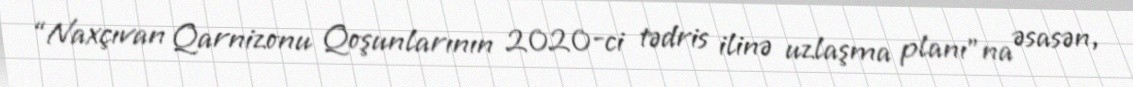
“Naxçıvan Qarnizonu Qoşunlarının 2020-ci tədris ilinə uzlaşma planı”na əsasən,